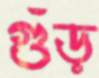
গুঁড়